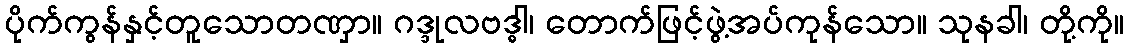
ပိုက်ကွန်နှင့်တူသောတဏှာ။ ဂဒ္ဒုလဗဒ္ဓါ၊ တောက်ဖြင့်ဖွဲ့အပ်ကုန်သော။ သုနခါ၊ တို့ကို။